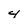
Character: 4